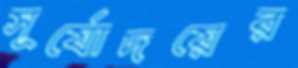
সূর্যোদয়ের